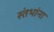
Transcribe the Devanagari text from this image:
स्तंभांना